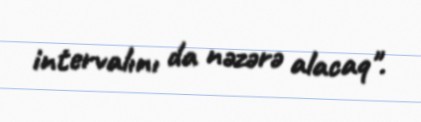
intervalını da nəzərə alacaq".